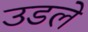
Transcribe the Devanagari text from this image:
उडले